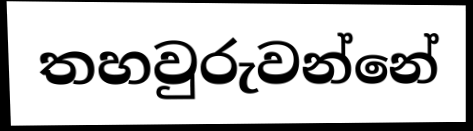
තහවුරුවන්නේ